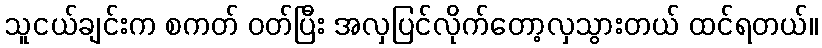
သူငယ်ချင်းက စကတ် ဝတ်ပြီး အလှပြင်လိုက်တော့လှသွားတယ် ထင်ရတယ်။